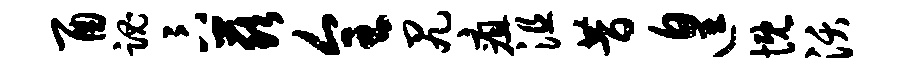
酉魂卞兹全尻疽沮昔遑慨沃